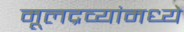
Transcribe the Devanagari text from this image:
मूलद्रव्यांमध्ये